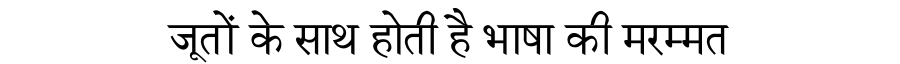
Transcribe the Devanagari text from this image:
जूतों के साथ होती है भाषा की मरम्मत